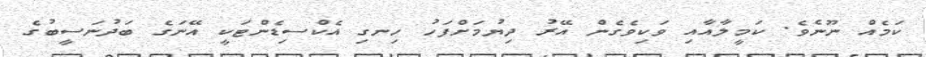
ކަމެއް ނޫނެވެ. ކަމީލާއާއި ވަކިވެގެން އޭރު ދިޔުމަށްފަހު ހިނގި އެކްސިޑެންޓަކީ އޭނަގެ ބަދުނަސީބުގެ